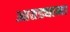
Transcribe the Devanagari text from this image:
आतड्याना